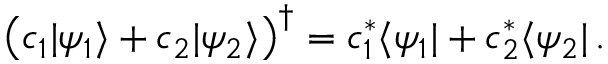
{ \bigl ( } c _ { 1 } | \psi _ { 1 } \rangle + c _ { 2 } | \psi _ { 2 } \rangle { \bigr ) } ^ { \dagger } = c _ { 1 } ^ { * } \langle \psi _ { 1 } | + c _ { 2 } ^ { * } \langle \psi _ { 2 } | \, .